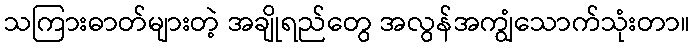
သကြားဓာတ်များတဲ့ အချိုရည်တွေ အလွန်အကျွံသောက်သုံးတာ။